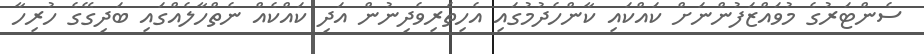
ސެންޓަރުގެ މުވައްޒަފުންނަށް ކައްކައި ކާންހެދުމުގައި އެހިތެރިވެދިނުން އަދި ކައްކެއް ނެތްހާލެއްގައި ބަދިގޭގެ ހުރިހާ